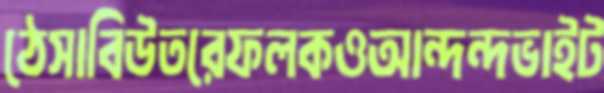
ঠেসাবিউতরেফলকওআন্দন্দভাইট